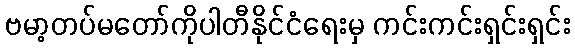
ဗမာ့တပ်မတော်ကိုပါတီနိုင်ငံရေးမှ ကင်းကင်းရှင်းရှင်း